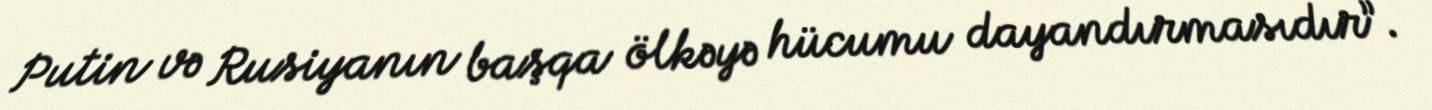
Putin və Rusiyanın başqa ölkəyə hücumu dayandırmasıdır”.